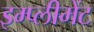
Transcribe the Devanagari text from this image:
इम्प्लीमेंट